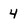
Character: 4